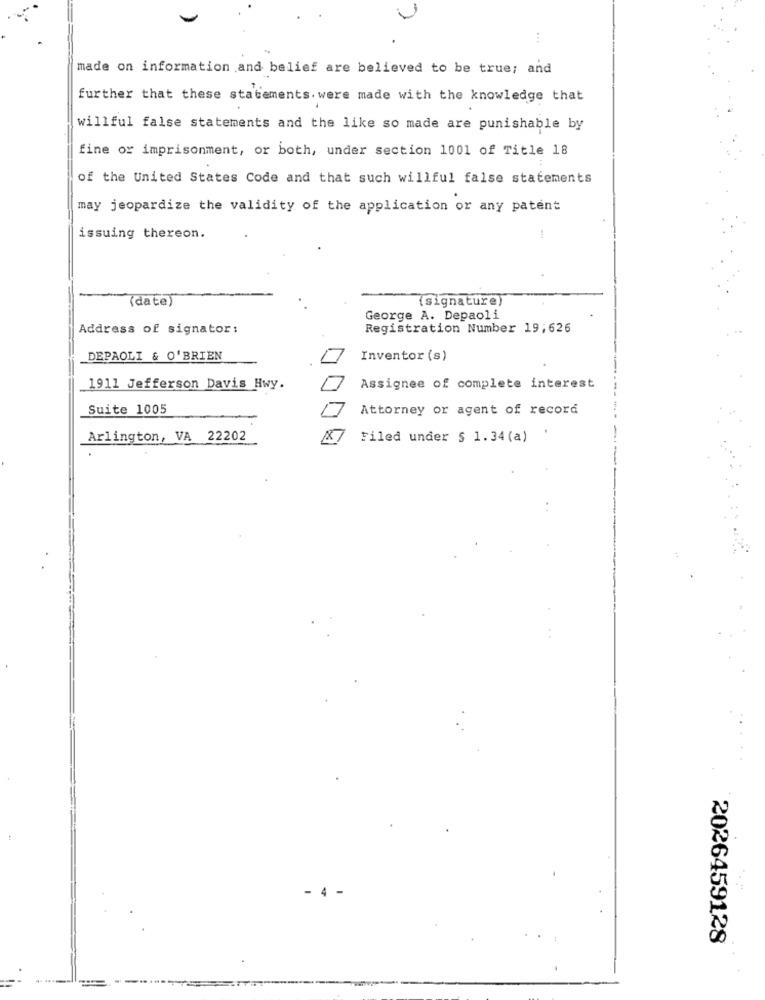
made on information and belief are believed to be true; and
further that these statements. were made with the knowledge that
willful false statements and the like so made are punishable by
fine or imprisonment, or both, under section 1001 of Title 18
of the United States Code and that such willful false statements
may jeopardize the validity of the application or any patent
issuing thereon.
(date)
(signature)
George A. Depaoli
Address of signator:
Registration Number 19;626
DEPAOLI & O'BRIEN
Inventor (s)
1911 Jefferson Davis Hwy.
Assignee of complete interest
Suite 1005
Attorney or agent of record
.
Arlington, VA 22202
Filed under $ 1.34 (a)
- 4
2026459128